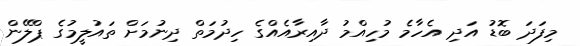
މިފަދަ ބޮޑު އަދި އެހާމެ މުހިއްމު ދާއިރާއެއްގެ ހިދުމަތް ދިނުމަށް ތައުލީމުގެ ޕްލޭން